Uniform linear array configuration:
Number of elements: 8
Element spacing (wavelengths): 0.75
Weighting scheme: binomial
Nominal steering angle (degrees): -15
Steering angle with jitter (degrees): -14.853
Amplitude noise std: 0.05
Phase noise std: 0.05

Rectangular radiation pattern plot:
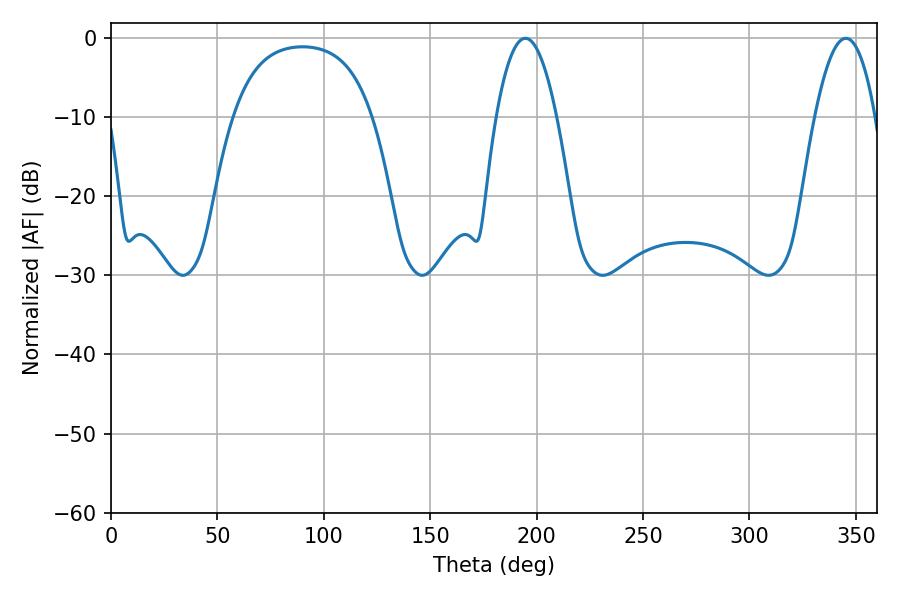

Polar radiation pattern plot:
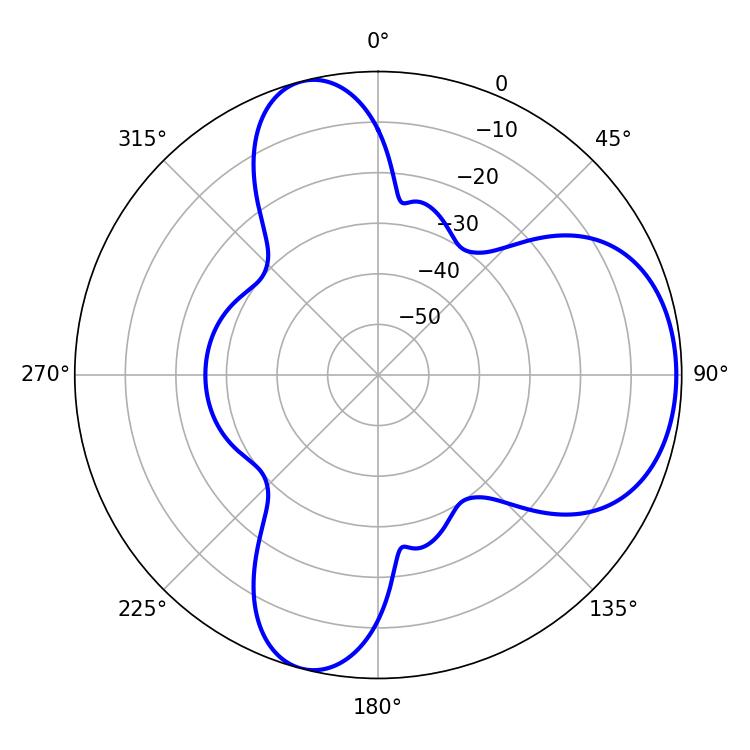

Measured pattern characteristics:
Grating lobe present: TRUE
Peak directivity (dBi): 6.67
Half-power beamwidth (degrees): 15.66
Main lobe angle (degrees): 194.76